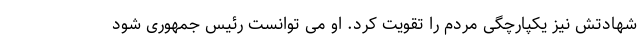
شهادتش نیز یکپارچگی مردم را تقویت کرد. او می توانست رئیس جمهوری شود